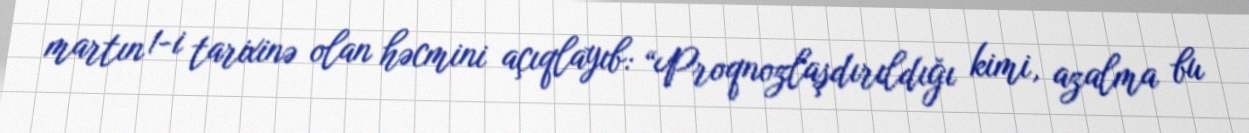
martın 1-i tarixinə olan həcmini açıqlayıb: “Proqnozlaşdırıldığı kimi, azalma bu